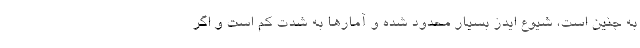
به جنین است، شیوع ایدز بسیار محدود شده و آمارها به شدت کم است و اگر